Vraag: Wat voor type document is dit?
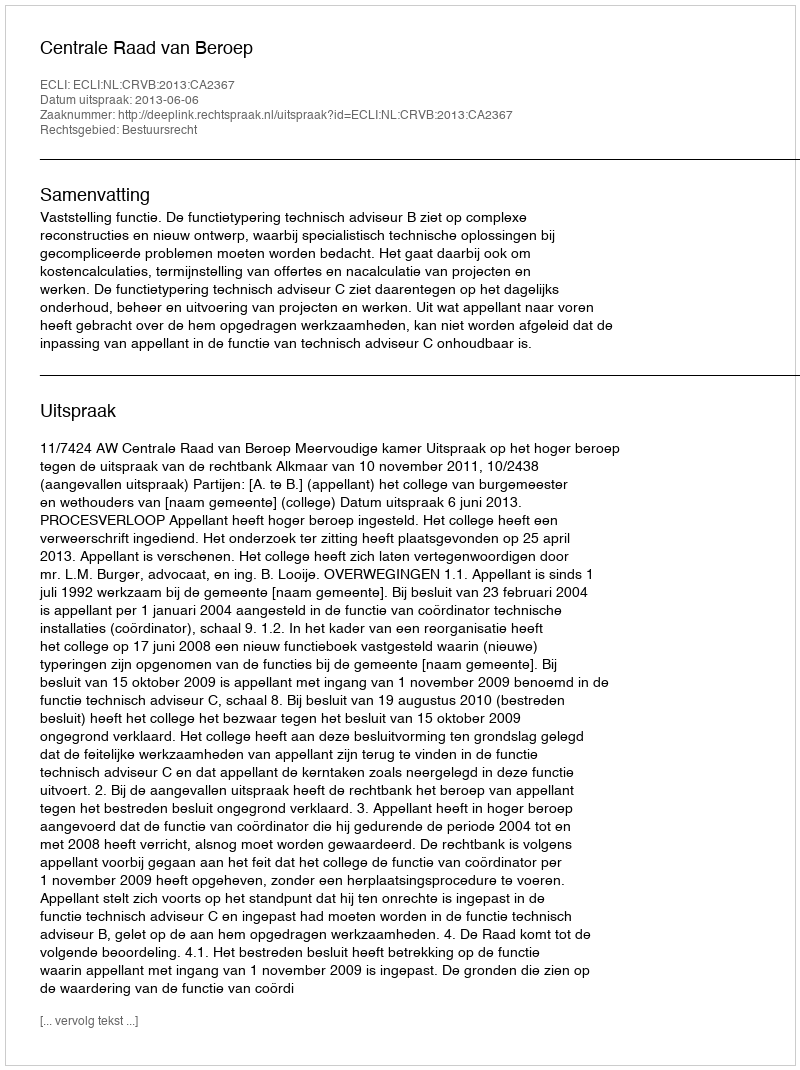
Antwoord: Uitspraak